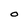
Character: O